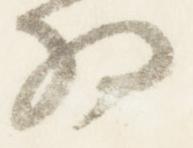
将